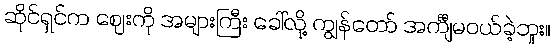
ဆိုင်ရှင်က ဈေးကို အများကြီး ခေါ်လို့ ကျွန်တော် အင်္ကျီမဝယ်ခဲ့ဘူး။